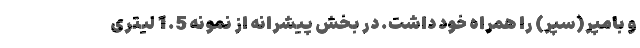
و بامپر(سپر) را همراه خود داشت. در بخش پیشرانه از نمونه 1.5 لیتری